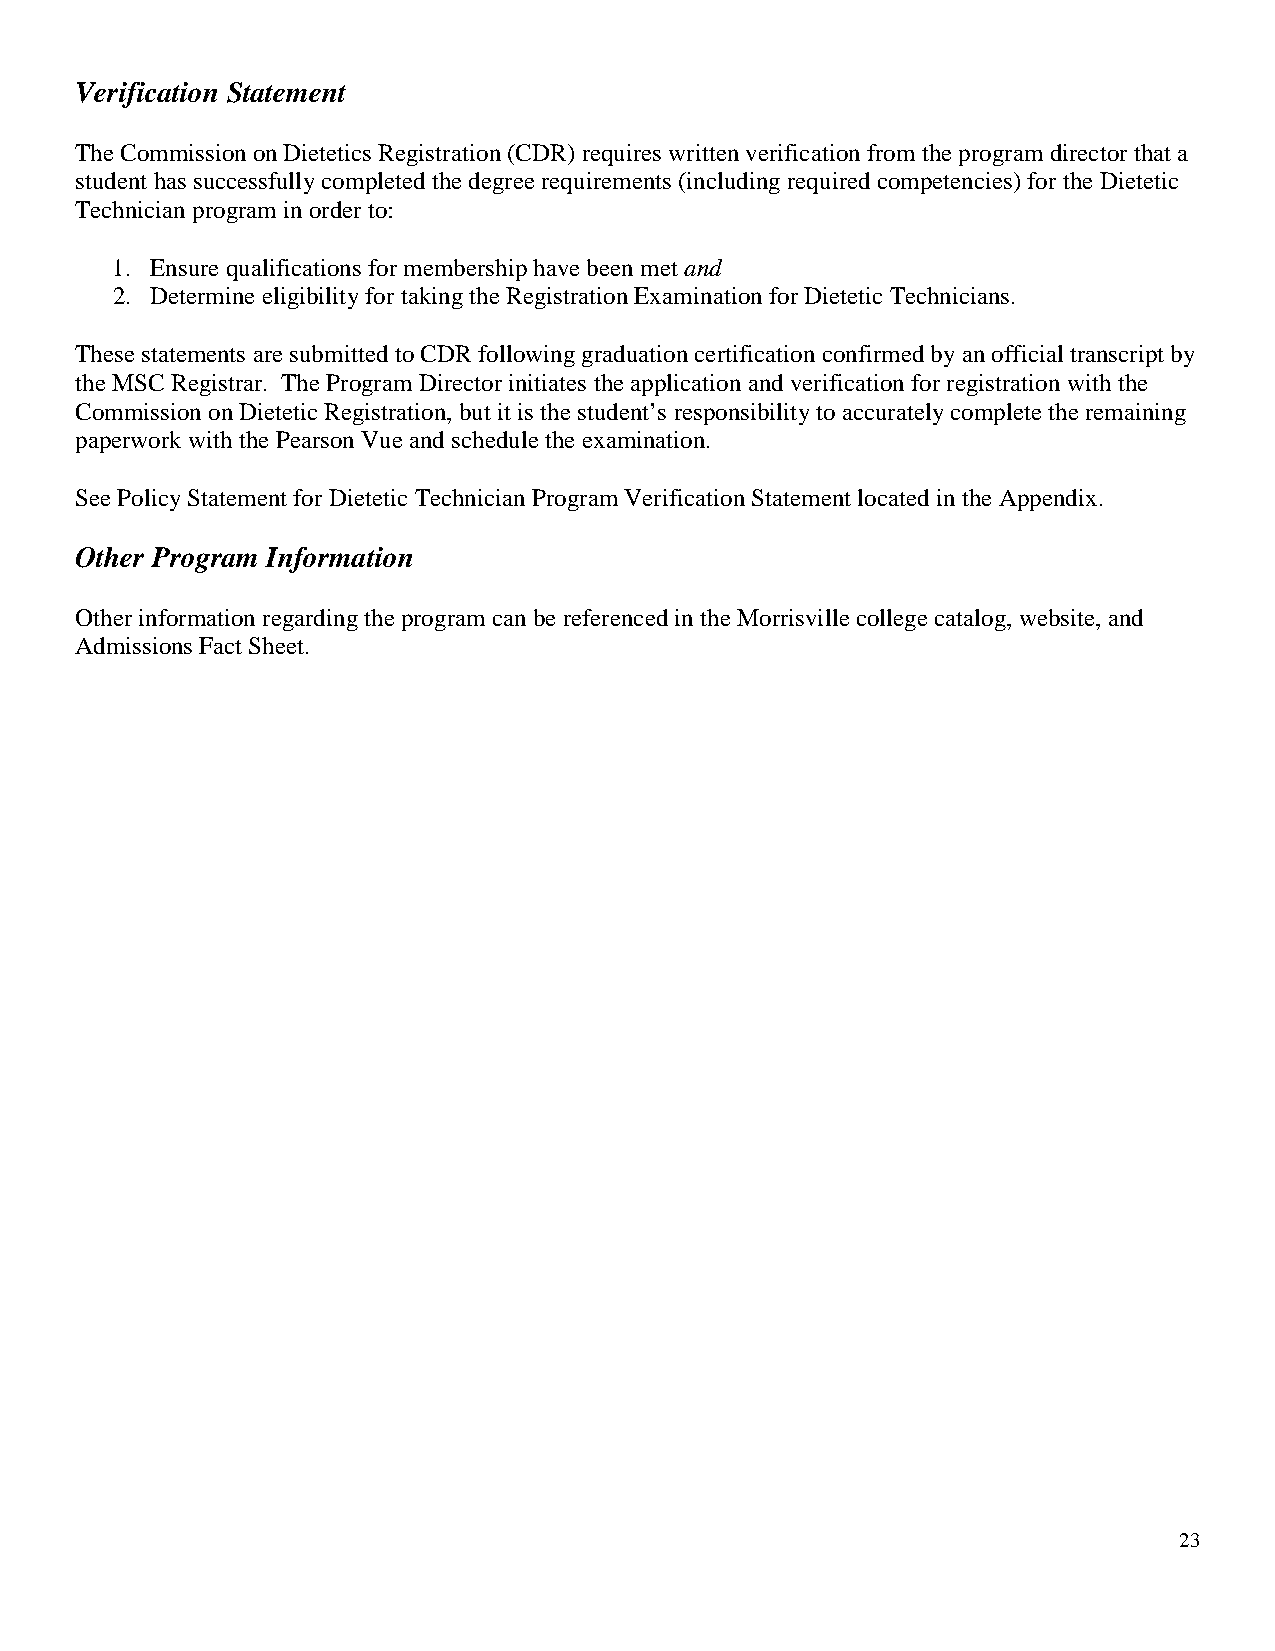
Verification Statement
 The Commission on Dietetics Registration (CDR) requires written verification from the program director that a
 student has successfully completed the degree requirements (including required competencies) for the Dietetic
 Technician program in order to:
 1. Ensure qualifications for membership have been met and
 2. Determine eligibility for taking the Registration Examination for Dietetic Technicians.
 These statements are submitted to CDR following graduation certification confirmed by an official transcript by
 the MSC Registrar. The Program Director initiates the application and verification for registration with the
 Commission on Dietetic Registration, but it is the student’s responsibility to accurately complete the remaining
 paperwork with the Pearson Vue and schedule the examination.
 See Policy Statement for Dietetic Technician Program Verification Statement located in the Appendix.
 Other Program Information
 Other information regarding the program can be referenced in the Morrisville college catalog, website, and
 Admissions Fact Sheet.
 23